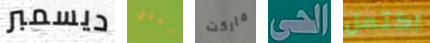
ديسمبر وجهتي ماركت الحى اكتمل